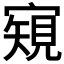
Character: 𡪽